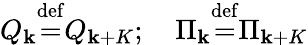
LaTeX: Q_{\mathbf{k}}{\stackrel{\mathrm{{def}}}{=}}Q_{\mathbf{k}+K};\quad\Pi_{\mathbf{k}}{\stackrel{\mathrm{{def}}}{=}}\Pi_{\mathbf{k}+K}